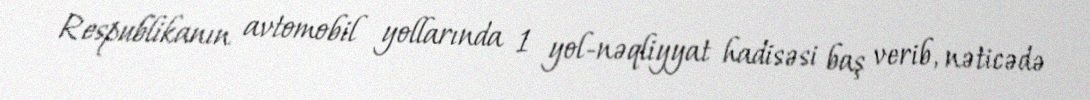
Respublikanın avtomobil yollarında 1 yol-nəqliyyat hadisəsi baş verib, nəticədə